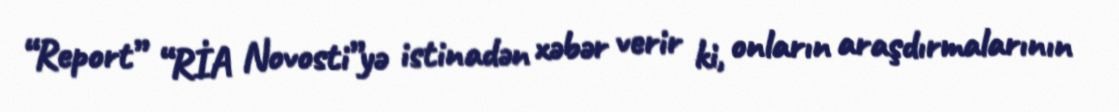
“Report” “RİA Novosti”yə istinadən xəbər verir ki, onların araşdırmalarının